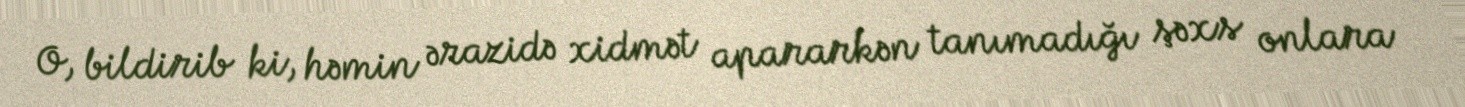
O, bildirib ki, həmin ərazidə xidmət apararkən tanımadığı şəxs onlara